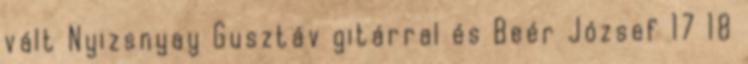
vált Nyizsnyay Gusztáv gitárral és Beér József 17 18